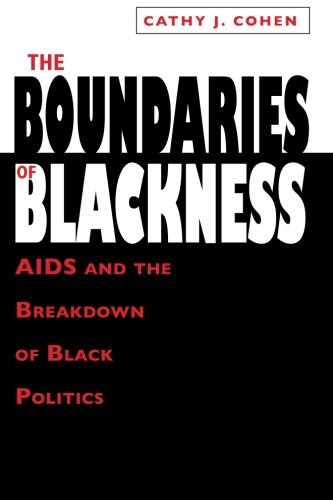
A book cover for The Boundaries of Blackness: AIDS and the Breakdown of Black Politics; Cathy J. Cohen; Health, Fitness & Dieting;